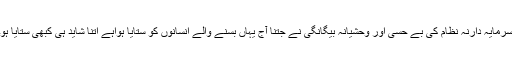
سرمایہ دارنہ نظام کی بے حسی اور وحشیانہ بیگانگی نے جتنا آج یہاں بسنے والے انسانوں کو ستایا ہواہے اتنا شاید ہی کبھی ستایا ہو۔